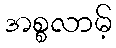
အစ္စလာမ့်